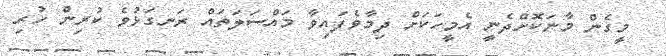
މީގެން މާނަކޮށްދެނީ އެމީހަކަށް ދިމާވެފައިވާ މައްސަލަތައް ރަނގަޅުވެ ކުރިން ހުރި